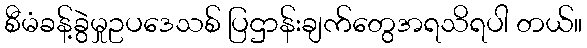
စီမံခန့်ခွဲမှုဥပဒေသစ် ပြဌာန်းချက်တွေအရသိရပါ တယ်။